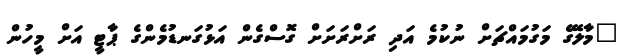
"މާލޭގެ މަގުމައްޗަށް ނުކުމެ އަދި ރަށްރަށަށް ގޮސްގެން އަޅުގަނޑުމެންގެ ޕާޓީ އަށް މީހުން